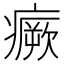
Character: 𤺤